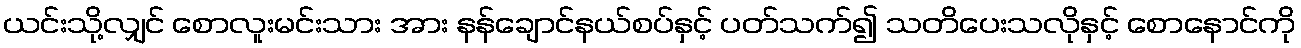
ယင်းသို့လျှင် စောလူးမင်းသား အား နန်ချောင်နယ်စပ်နှင့် ပတ်သက်၍ သတိပေးသလိုနှင့် စောနောင်ကို